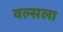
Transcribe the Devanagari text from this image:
वल्‍सला